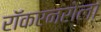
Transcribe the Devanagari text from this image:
रॉकएनरोला